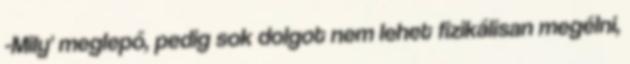
-Mily' meglepő, pedig sok dolgot nem lehet fizikálisan megélni,